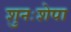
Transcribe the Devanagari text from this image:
शुनःशेपा